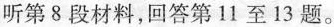
听第8段材料,回答第11 至 13 题。